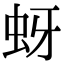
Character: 蚜